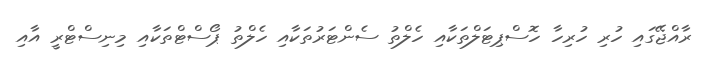
ރާއްޖޭގައި ހުރި ހުރިހާ ހޮސްޕިޓަލްތަކާއި ހެލްތު ސެންޓަރުތަކާއި ހެލްތު ޕޯސްޓްތަކާއި މިނިސްޓްރީ އާއި